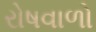
રોષવાળો